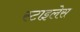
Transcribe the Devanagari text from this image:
स्टाइलेस